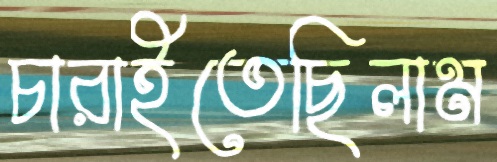
চারাইতেছিলাম